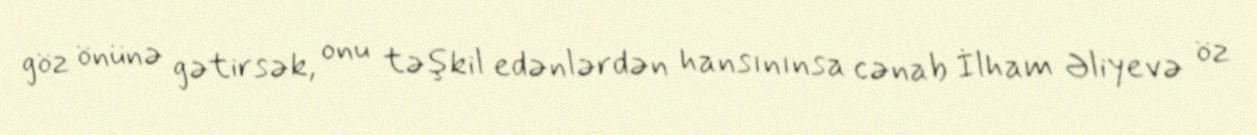
göz önünə gətirsək, onu təşkil edənlərdən hansınınsa cənab İlham Əliyevə öz